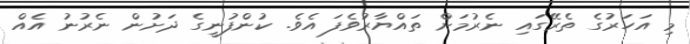
މި އަހަރުގެ ތެރޭގައި ނެރުމަށް ތައްޔާރުވެފަ އެވެ. ކުންފުނީގެ ދަށުން ނެރުނު އެއް